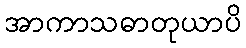
အာကာသဓာတုယာပိ